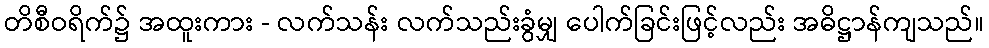
တိစီဝရိက်၌ အထူးကား - လက်သန်း လက်သည်းခွံမျှ ပေါက်ခြင်းဖြင့်လည်း အဓိဋ္ဌာန်ကျသည်။